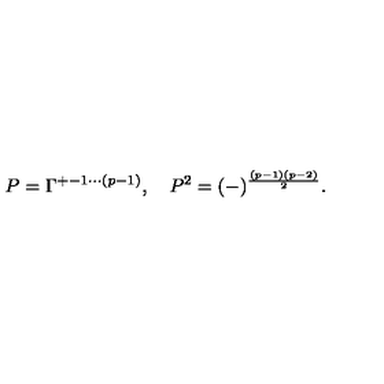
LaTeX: P = \Gamma ^ { + - 1 \cdots ( p - 1 ) } , \quad P ^ { 2 } = ( - ) ^ { \frac { ( p - 1 ) ( p - 2 ) } { 2 } } .